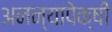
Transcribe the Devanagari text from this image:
अनन्यापेक्षी